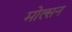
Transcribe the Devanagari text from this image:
मोल्सन